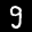
Label: 3